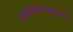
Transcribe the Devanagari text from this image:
आळशीपणाबद्दल